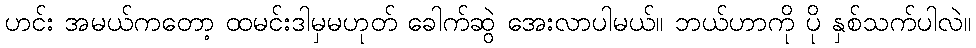
ဟင်း အမယ်ကတော့ ထမင်းဒါမှမဟုတ် ခေါက်ဆွဲ အေးလာပါမယ်။ ဘယ်ဟာကို ပို နှစ်သက်ပါလဲ။